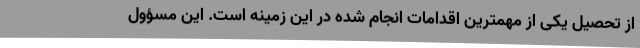
از تحصیل یکی از مهمترین اقدامات انجام شده در این زمینه است. این مسؤول